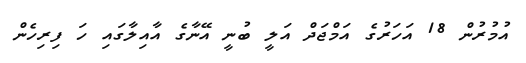
އުމުރުން 18 އަހަރުގެ އަމްޖަދް އަލީ ބުނީ އޭނާގެ އާއިލާގައި ހަ ފިރިހެން